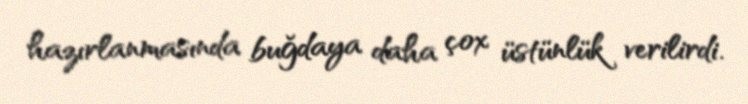
hazırlanmasında buğdaya daha çox üstünlük verilirdi.